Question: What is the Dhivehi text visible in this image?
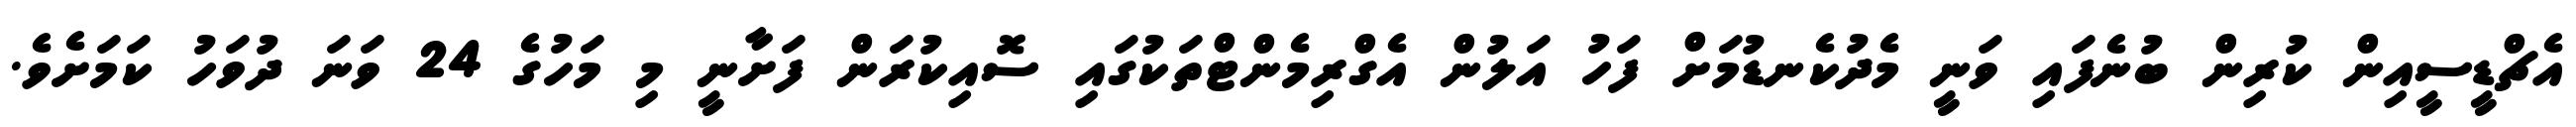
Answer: އެޗްޑީސީއިން ކުރިން ބުނެފައި ވަނީ މެދުކެނޑުމަށް ފަހު އަލުން އެގްރިމެންޓްތަކުގައި ސޮއިކުރަން ފަށާނީ މި މަހުގެ 24 ވަނަ ދުވަހު ކަމަށެވެ.